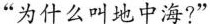
”为什么叫地中海！”